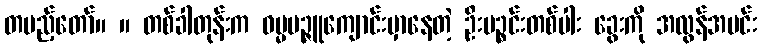
တပည့်တော်။ ။ တစ်ခါတုန်းက ဓမ္မမဉ္ဇူကျောင်းမှာနေတဲ့ ဦးပဉ္စင်းတစ်ပါး ခွေးကို အလွန်အမင်း